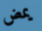
يمض